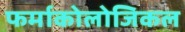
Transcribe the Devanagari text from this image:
फर्माकोलोजिकल